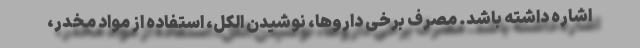
اشاره داشته باشد. مصرف برخی داروها، نوشیدن الکل، استفاده از مواد مخدر،